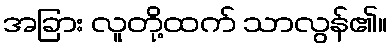
အခြား လူတို့ထက် သာလွန်၏။